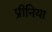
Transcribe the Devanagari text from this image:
प्रीनिया